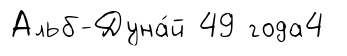
Альб-Дуна́й 49 года4